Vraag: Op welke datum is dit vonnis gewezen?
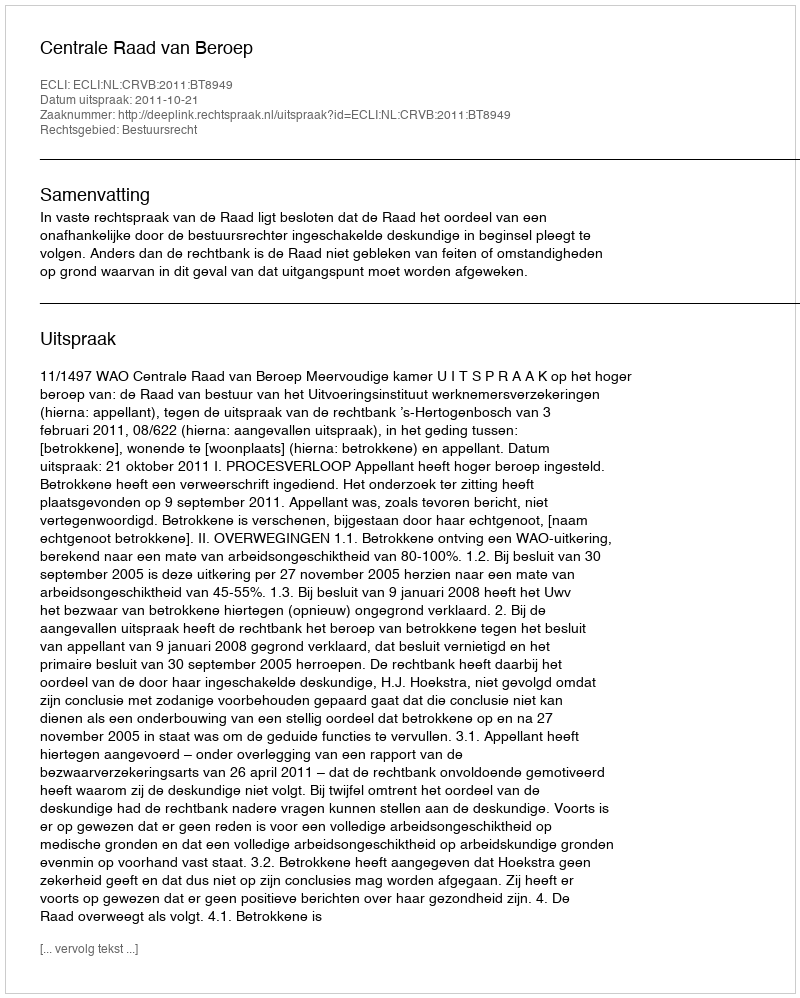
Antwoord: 2011-10-21